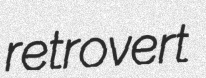
retrovert